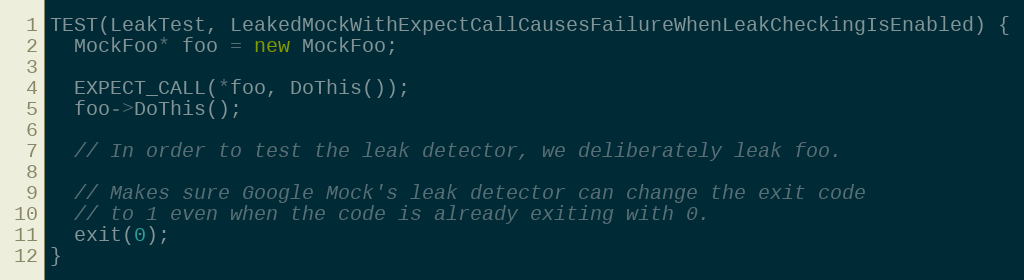
Language: C++
TEST(LeakTest, LeakedMockWithExpectCallCausesFailureWhenLeakCheckingIsEnabled) {
  MockFoo* foo = new MockFoo;

  EXPECT_CALL(*foo, DoThis());
  foo->DoThis();

  // In order to test the leak detector, we deliberately leak foo.

  // Makes sure Google Mock's leak detector can change the exit code
  // to 1 even when the code is already exiting with 0.
  exit(0);
}